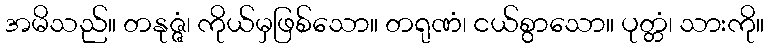
အမိသည်။ တနုဇ္ဇံ၊ ကိုယ်မှဖြစ်သော။ တရုဏံ၊ ငယ်စွာသော။ ပုတ္တံ၊ သားကို။